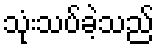
သုံးသပ်ခဲ့သည်